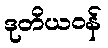
ဒုတိယဝန်